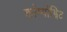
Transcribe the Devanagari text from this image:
कॉम्पोझिट